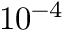
1 0 ^ { - 4 }